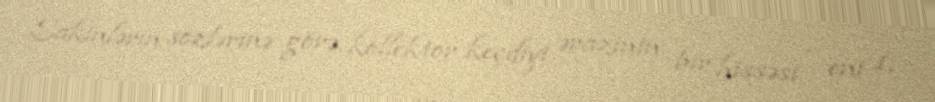
Sakinlərin sözlərinə görə, kollektor keçdiyi ərazinin bir hissəsi - eni 1,